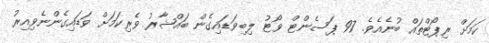
ކަމަށް ރިޕޯޓްތައް ބުނެއެވެ. 97 ޕަސެންޓް ވޯޓު ލިބިވަޑައިގެން ބައްޝާރު ވެރިކަމަށް ވަޑައިގެންނެވިއިރު